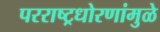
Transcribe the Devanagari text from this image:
परराष्ट्रधोरणांमुळे